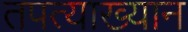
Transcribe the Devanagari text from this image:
तपत्याख्यान